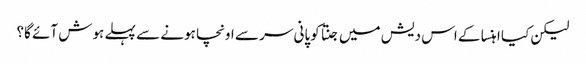
لیکن کیا اہنسا کے اس دیش میں جنتا کوپانی سر سے اونچا ہونے سے پہلے ہوش آئے گا؟